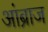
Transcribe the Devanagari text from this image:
आंब्राज